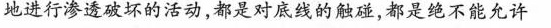
地进行渗透破坏的活动，都是对底线的触碰，都是绝不能允许